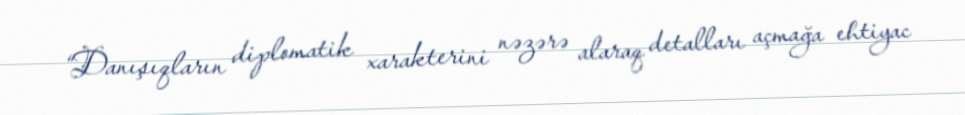
“Danışıqların diplomatik xarakterini nəzərə alaraq detalları açmağa ehtiyac